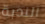
الندبة